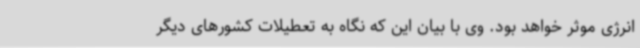
انرژی موثر خواهد بود. وی با بیان این که نگاه به تعطیلات کشورهای دیگر